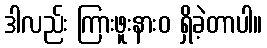
ဒါလည်း ကြားဖူးနားဝ ရှိခဲ့တာပါ။